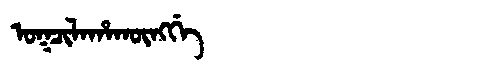
Manchu: ᠣᡴᠴᡳᠯᠠᡥᠠᡴᡡᠩᡤᡝ
Romanization: OKCILAHAKŪNGGE